Report of the Municipal Commissioner on the plague in Bombay for the year ending 31st May... - Volume 1
Disease focus: Plague
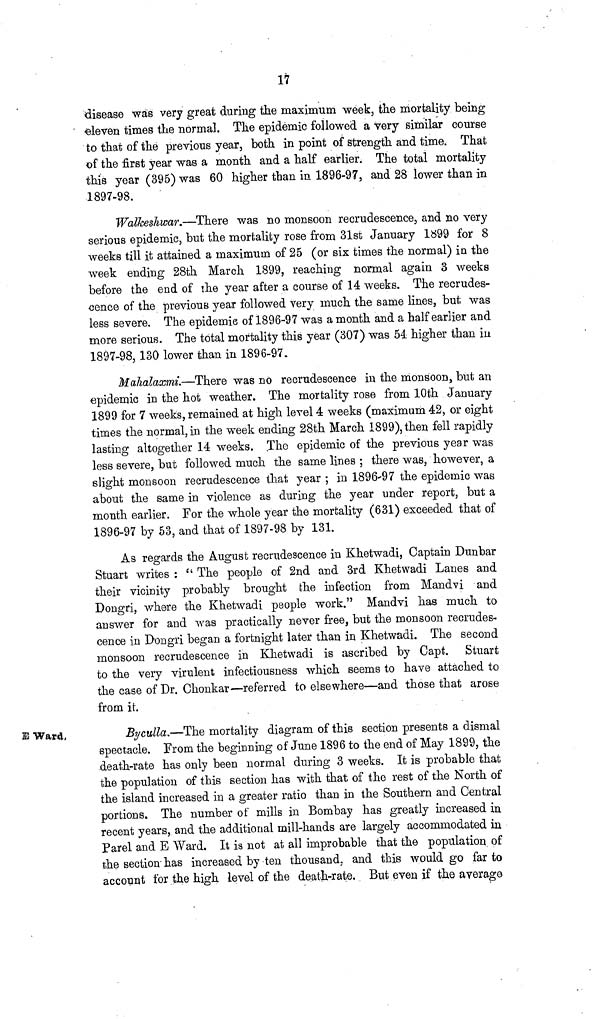
17
disease was very great during the maximum week, the mortality being
eleven times the normal. The epidemic followed a very similar course
to that of the previous year, both in point of strength and time. That
of the first year was a month and a half earlier. The total mortality
this year (395) was 60 higher than in 1896-97, and 28 lower than in
1897-98.
Walkeshwar.—There was no monsoon recrudescence, and no very
serious epidemic, but the mortality rose from 31st January 1899 for 8
weeks till it attained a maximum of 25 (or six times the normal) in the
week ending 28th March 1899, reaching normal again 3 weeks
before the end of the year after a course of 14 weeks. The recrudes-
cence of the previous year followed very much the same lines, but was
less severe. The epidemic of 1896-97 was a month and a half earlier and
more serious. The total mortality this year (307) was 54 higher than in
1897-98, 130 lower than in 1896-97.
Malialaxmi.—There was no recrudescence in the monsoon, but an
epidemic in the hot weather. The mortality rose from 10th January
1899 for 7 weeks, remained at high level 4 weeks (maximum 42, or eight
times the normal, in the week ending 28th March 1899), then fell rapidly
lasting altogether 14 weeks. The epidemic of the previous year was
less severe, but followed much the same lines ; there was, however, a
slight monsoon recrudescence that year ; in 1896-97 the epidemic was
about the same in violence as during the year under report, but a
month earlier. For the whole year the mortality (631) exceeded that of
1896-97 by 53, and that of 1897-98 by 131.
As regards the August recrudescence in Khetwadi, Captain Dunbar
Stuart writes : " The people of 2nd and 3rd Khetwadi Lanes and
their vicinity probably brought the infection from Mandvi and
Dongri, where the Khetwadi people work." Mandvi has much to
answer for and was practically never free, but the monsoon recrudes-
cence in Dongri began a fortnight later than in Khetwadi. The second
monsoon recrudescence in Khetwadi is ascribed by Capt. Stuart
to the very virulent infectiousness which seems to have attached to
the case of Dr. Chonkar—referred to elsewhere—and those that arose
from it.
E Ward,
Byculla.—The mortality diagram of this section presents a dismal
spectacle. From the beginning of June 1896 to the end of May 1899, the
death-rate has only been normal during 3 weeks. It is probable that
the population of this section has with that of the rest of the North of
the island increased in a greater ratio than in the Southern and Central
portions. The number of mills in Bombay has greatly increased in
recent years, and the additional mill-hands are largely accommodated in
Parel and E Ward. It is not at all improbable that the population of
the section has increased by ten thousand, and this would go far to
account for the high level of the death-rate. But even if the average